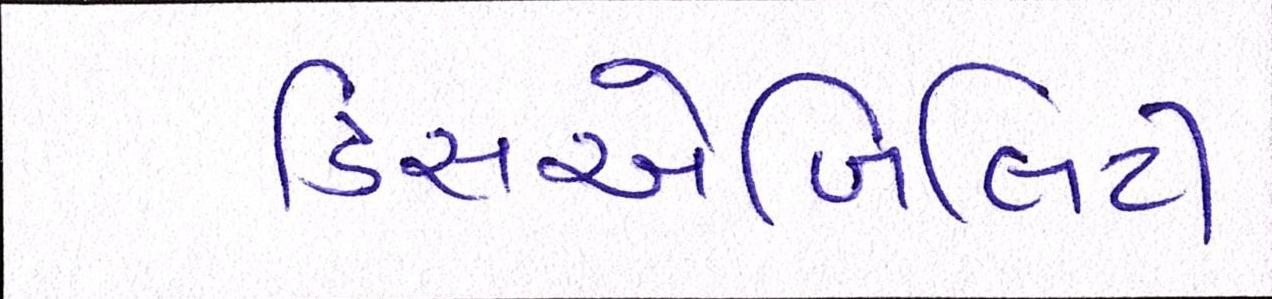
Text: ડિસએબિલિટી